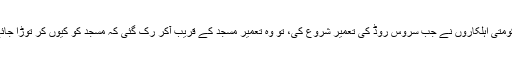
حکومتی اہلکاروں نے جب سروس روڈ کی تعمیر شروع کی، تو وہ تعمیر مسجد کے قریب آکر رُک گئی کہ مسجد کو کیوں کر توڑا جائے؟